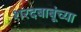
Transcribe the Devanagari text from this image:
शरदबाबूंच्या